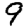
Digit: 9